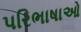
પરિભાષાઓ